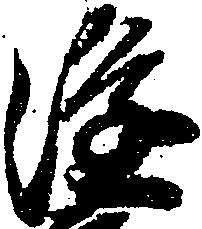
隆